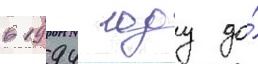
в 1994 году до́